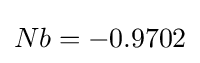
Nb=-0.9702